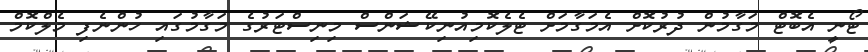
ޓޯނީ އެބޮޓް މަގާމުން ދުރުކޮށް އެމަގާމަށް ޓެލެކޮމިއުނިކޭޝަންސް މިނިސްޓަރުގެ މަގާމުގައި ހުންނެފި މެލްކޮމް